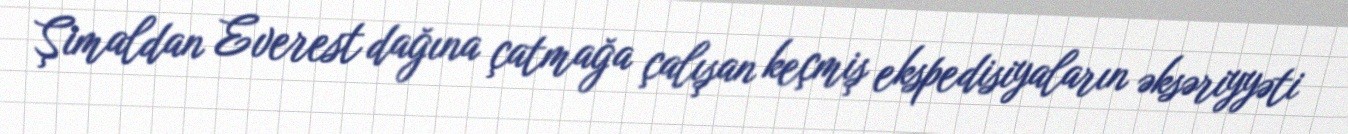
Şimaldan Everest dağına çatmağa çalışan keçmiş ekspedisiyaların əksəriyyəti